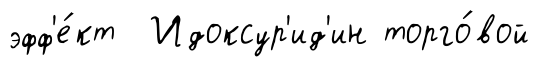
эфф'е́кт Идоксур'ид'ин торго́вой